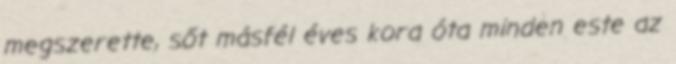
megszerette, sőt másfél éves kora óta minden este az